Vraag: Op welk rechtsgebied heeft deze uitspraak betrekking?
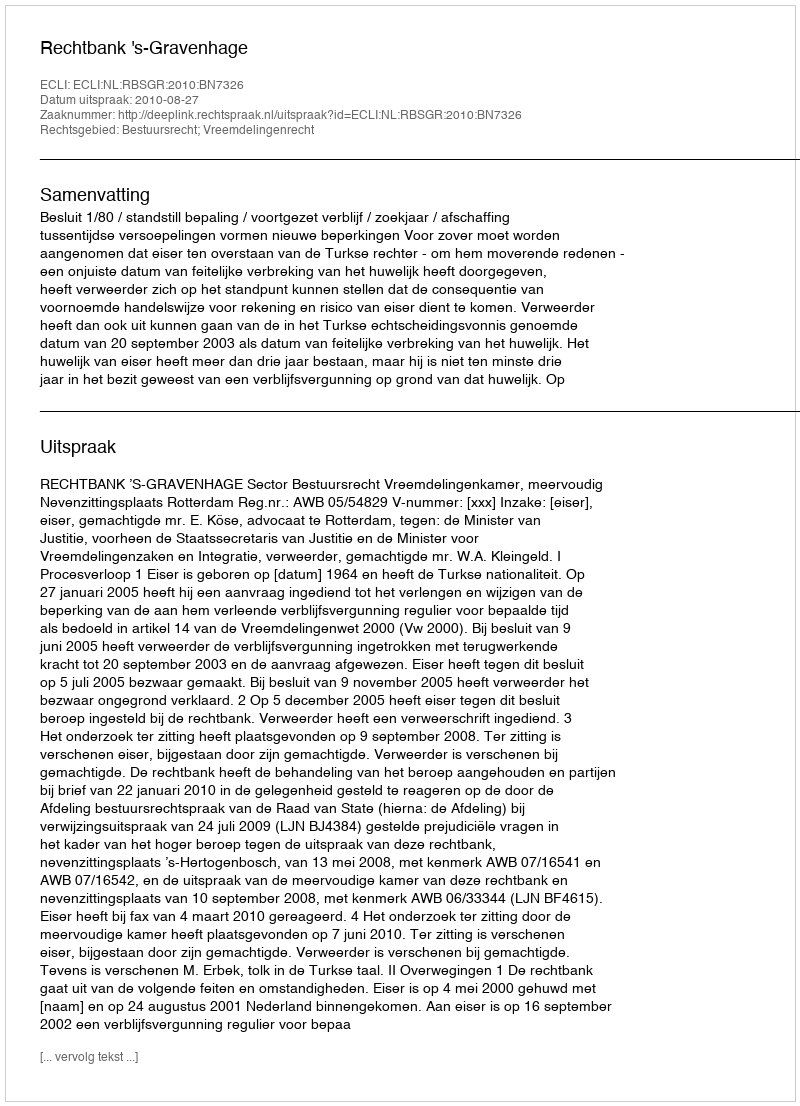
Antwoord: Bestuursrecht; Vreemdelingenrecht